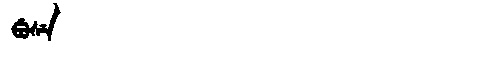
Manchu: ᡦᡠᠰᡝ
Romanization: PUSE